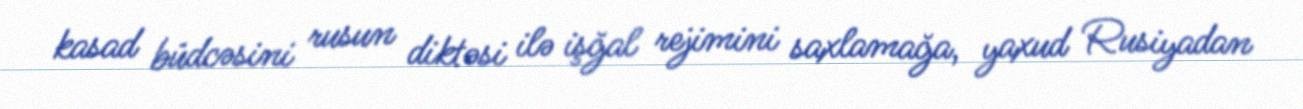
kasad büdcəsini rusun diktəsi ilə işğal rejimini saxlamağa, yaxud Rusiyadan